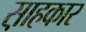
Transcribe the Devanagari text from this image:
स़ाहकार